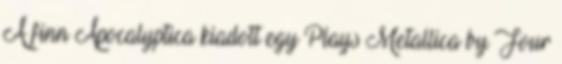
A finn Apocalyptica kiadott egy Plays Metallica by Four